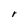
Character: r